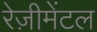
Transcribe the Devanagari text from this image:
रेज़ीमेंटल